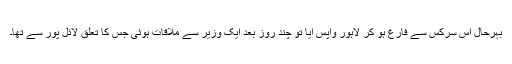
بہرحال اس سرکس سے فارغ ہو کر لاہور واپس آیا تو چند روز بعد ایک وزیر سے ملاقات ہوئی جس کا تعلق لائل پور سے تھا۔